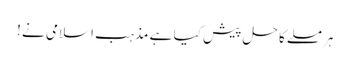
ہر مسلے کا حل پیش کیا ہے مذہب اسلامی نے !